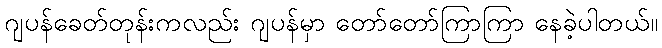
ဂျပန်ခေတ်တုန်းကလည်း ဂျပန်မှာ တော်တော်ကြာကြာ နေခဲ့ပါတယ်။